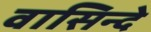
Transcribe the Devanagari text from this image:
वासिन्दे